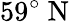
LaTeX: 59^{\circ}\mathrm{~N~}